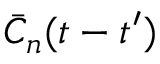
\bar { C } _ { n } ( t - t ^ { \prime } )